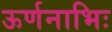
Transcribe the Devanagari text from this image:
ऊर्णनाभिः